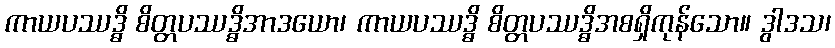
ကာယပဿဒ္ဓိ စိတ္တပဿဒ္ဓိအာဒယော၊ ကာယပဿဒ္ဓိ စိတ္တပဿဒ္ဓိအစရှိကုန်သော။ ဒွါဒသ၊